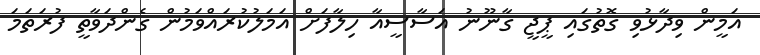
އަމީން ވިދާޅުވި ގޮތުގައި ޕީޖީ ގާނޫނު އަސާސީއާ ހިލާފަށް އަމަލުކުރައްވަމުން ގެންދަވާތީ ފުރަތަމަ